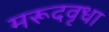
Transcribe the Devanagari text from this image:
मरूदवृधा